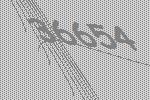
36654